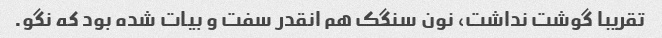
تقریبا گوشت نداشت، نون سنگک هم انقدر سفت و بیات شده بود که نگو.